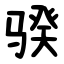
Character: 骙